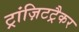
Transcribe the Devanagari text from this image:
ट्रांज़िटट्रैकर